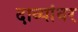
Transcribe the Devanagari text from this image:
दाव्यांवर